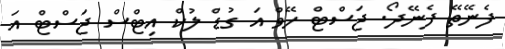
ފެނޭތޭ ފެނޭދޯ. ޖަސްޓް ހޭވް އަ ގުޑް ލުކް އިޓްސް ޖަސްޓް އަ